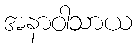
အနာဝါသာယ